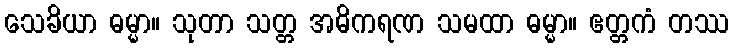
သေခိယာ ဓမ္မာ။ သုတာ သတ္တ အဓိကရဏ သမထာ ဓမ္မာ။ ဧတ္တကံ တဿ